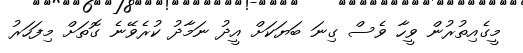
މީގެއިތުރުން ވީހާ ވެސް ގިނަ ބަޔަކަށް އީދު ނަމާދު ކުރެވޭނެ ގޮތަށް މިފަހަރު